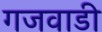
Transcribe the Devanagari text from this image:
गजवाडी